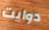
دوايت